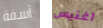
آسفة آغنيس